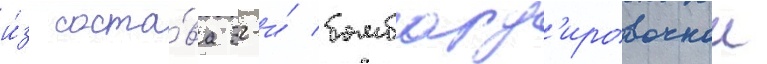
и́з соста́ва 32-и́ бомбард'ировочнои